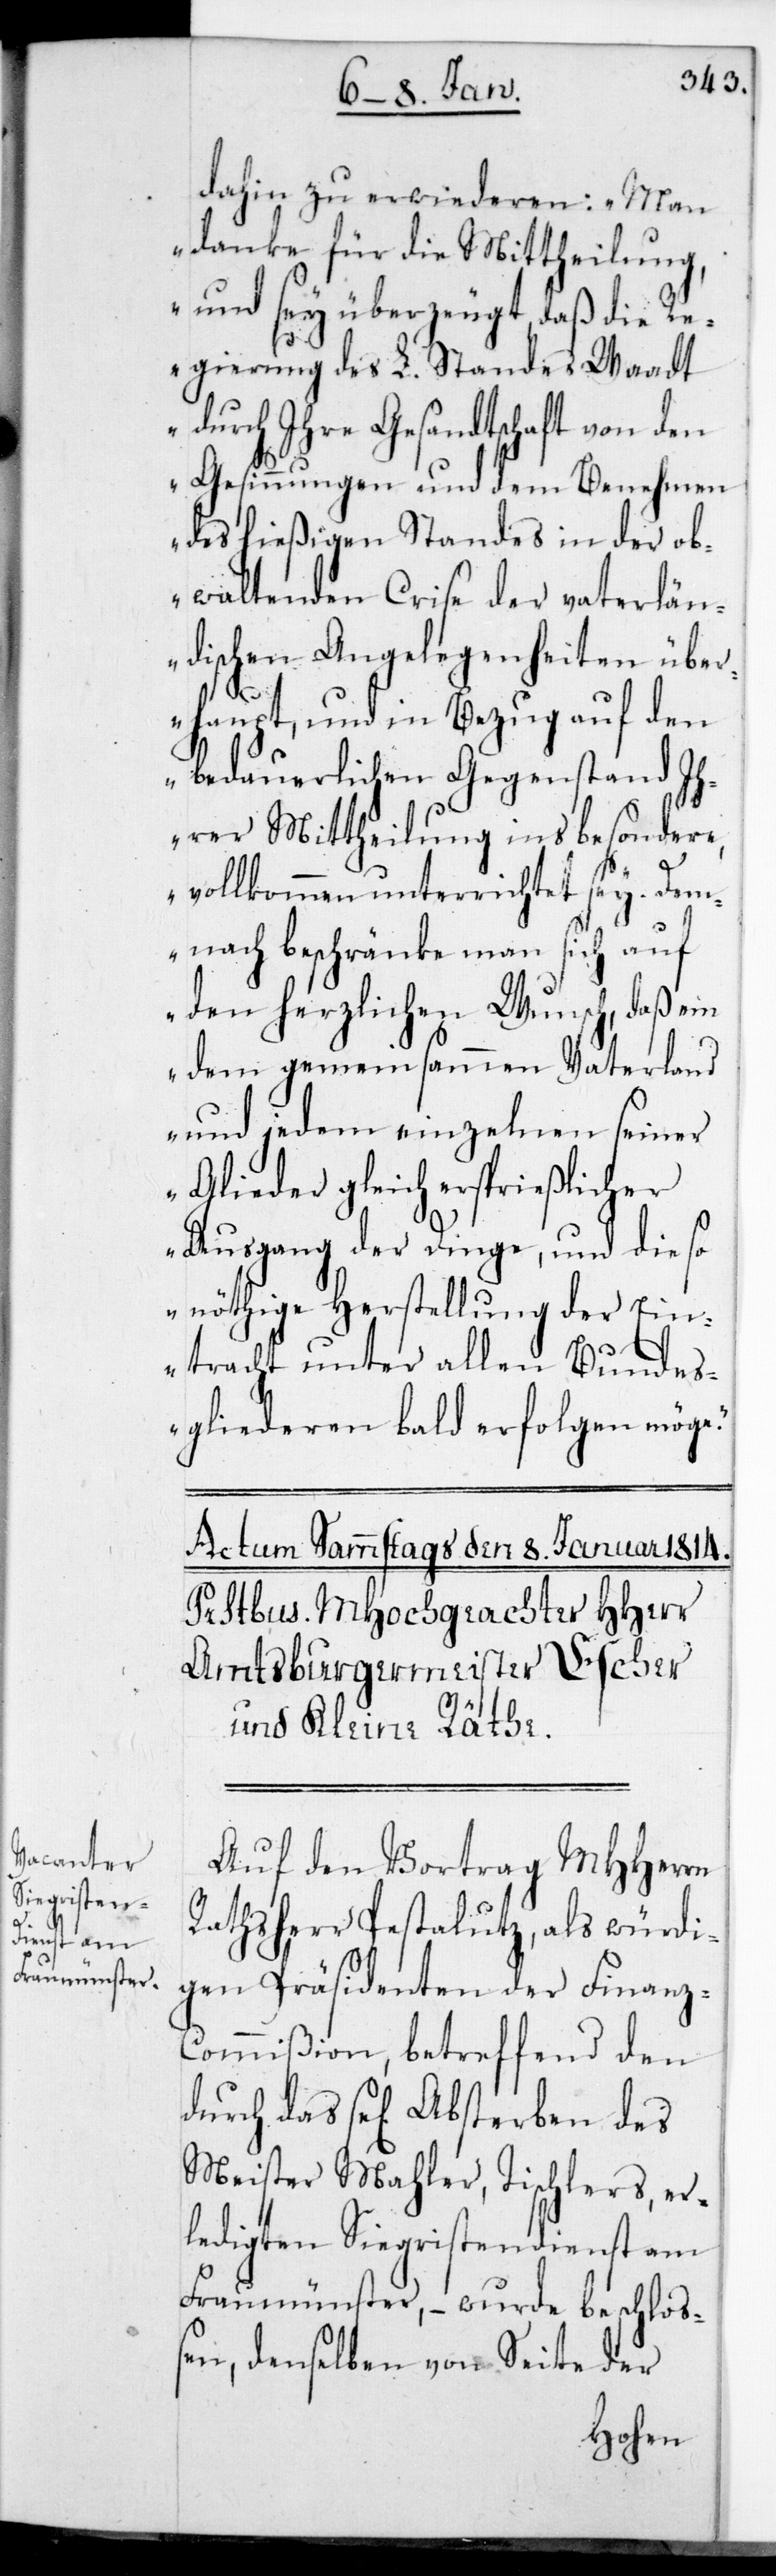
dahin zu erwiederen: „Man
danke für die Mittheilung
und sei überzeugt, daß die R¬
egierung des L. Standes Waadt
durch ihre Gesandtschaft von den
Gesinnungen und dem Benehmen
des hießigen Standes in der ob¬
waltenden Crise der vaterlän¬
dischen Angelegenheiten übe¬
rhaupt, und in Bezug auf den
bedauerlichen Gegenstand ih¬
rer Mittheilung insbesondere,
vollkommen unterrichtet sei. Dem¬
nach beschränke man sich auf
den herzlichen Wunsch, daß ein
dem gemeinsammen Vaterland
und jedem einzelnen seiner
Glieder gleich ersprießlicher
Ausgang der Dinge, und die so
nöthige Herstellung der Ein¬
tracht unter allen Bundes¬
gliederen bald erfolgen möge“.
Auf den Vortrag MHHerrn
Rathsherr Pestaluz, als würdi¬
gen Präsidenten der Finanz¬
commißion, betreffend den
Meister Mahler, Tischlers, er¬
ledigten Sigristendienst am
Fraumünster, – wurde beschloß¬
en, denselben von Seite der